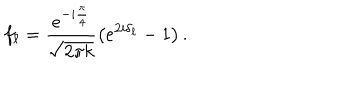
LaTeX: f _ { \ell } = \frac { e ^ { - i \frac { \pi } { 4 } } } { \sqrt { 2 \pi k } } \left( e ^ { 2 i \delta _ { \ell } } - 1 \right) . \nonumber